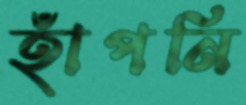
হাঁপনি